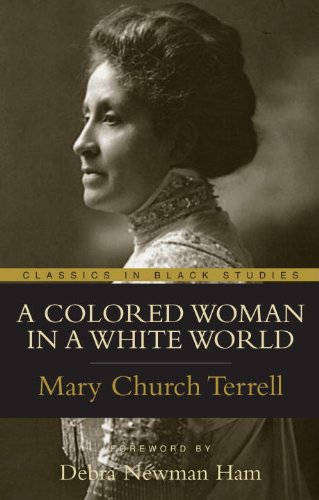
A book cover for A Colored Woman In A White World (Classics in Black Studies); Mary Church Terrell; Gay & Lesbian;